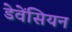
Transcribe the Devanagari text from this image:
डेवेंसियन